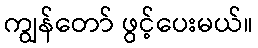
ကျွန်တော် ဖွင့်ပေးမယ်။